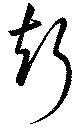
声